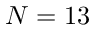
N = 1 3